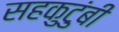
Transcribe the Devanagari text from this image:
सहकुटुंबी